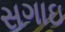
સગાઇ